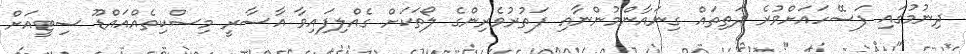
ދިނުމުގައި ފަސޭހައަށްވުރެ ދަތިތައް ގިނައާންމުންނާއި ފަތުރުވެރިންގެ ލޯތަކަށް ގެއްލިފައިވާ އާސާރީ މިސްކިތެއްއައްޑޫ ސިޓީއަށް